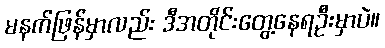
မနက်ဖြန်မှာလည်း ဒီအတိုင်းတွေ့နေရဦးမှာပဲ။